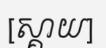
[ស្គាយ]